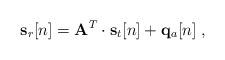
LaTeX: \begin{align*} \mathbf{s}_r[n] = \mathbf{A}^T\cdot\mathbf{s}_t[n]+\mathbf{q}_a[n]\;,\end{align*}